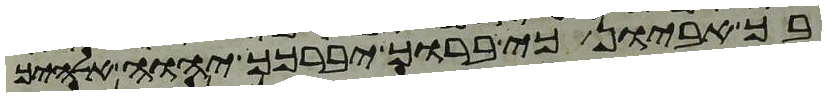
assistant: בך אביון כי ברוך יברכך יהוה אלהיך